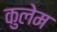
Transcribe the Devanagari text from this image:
कुलेम